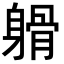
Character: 𨉦